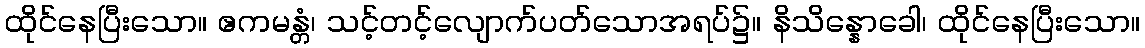
ထိုင်နေပြီးသော။ ဧကမန္တံ၊ သင့်တင့်လျောက်ပတ်သောအရပ်၌။ နိသိန္နောခေါ၊ ထိုင်နေပြီးသော။